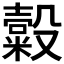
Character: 𣫗